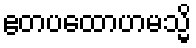
ဧတပထောဟမသ္မိ